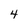
Character: 4